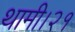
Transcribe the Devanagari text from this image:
थामी।२१